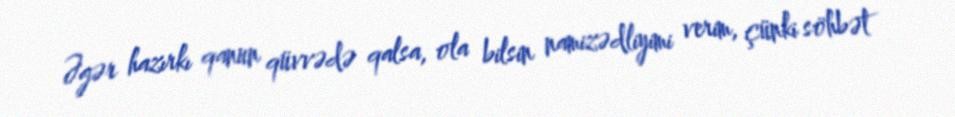
Əgər hazırkı qanun qüvvədə qalsa, ola bilsin namizədliyimi verim, çünki söhbət